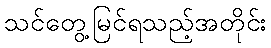
သင်တွေ့မြင်ရသည့်အတိုင်း